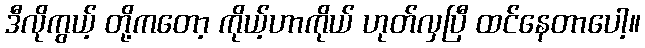
ဒီလိုကွယ့် တို့ကတော့ ကိုယ့်ဟာကိုယ် ဟုတ်လှပြီ ထင်နေတာပေါ့။